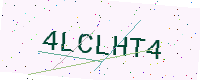
Text: 4LCLHT4